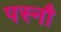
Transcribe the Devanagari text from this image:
पस्नौ